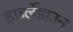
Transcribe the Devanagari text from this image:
हार्ब्लेडाउन